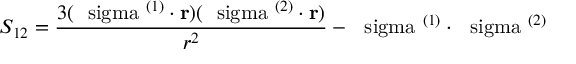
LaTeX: S _ { 1 2 } = \frac { 3 ( \mathrm { \boldmath ~ \ s i g m a ~ } ^ { ( 1 ) } \cdot { \bf r } ) ( \mathrm { \boldmath ~ \ s i g m a ~ } ^ { ( 2 ) } \cdot { \bf r } ) } { r ^ { 2 } } - \mathrm { \boldmath ~ \ s i g m a ~ } ^ { ( 1 ) } \cdot \mathrm { \boldmath ~ \ s i g m a ~ } ^ { ( 2 ) }